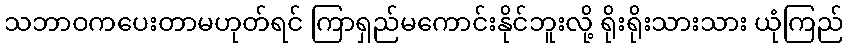
သဘာဝကပေးတာမဟုတ်ရင် ကြာရှည်မကောင်းနိုင်ဘူးလို့ ရိုးရိုးသားသား ယုံကြည်